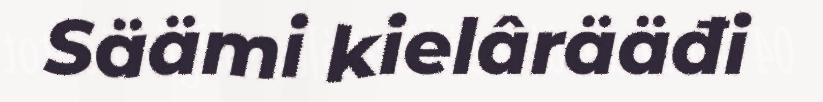
Säämi kielârääđi